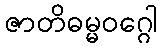
ဇာတိဓမ္မဝဂ္ဂေါ